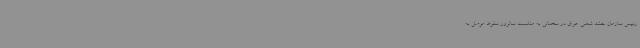
رئیس سازمان حشد شعبی عراق در سخنانی به مناسبت سالروز سقوط موصل به